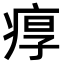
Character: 𤶿